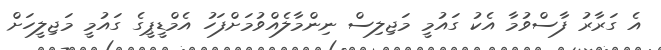
އެ ގަރާރު ފާސްވުމާ އެކު ގައުމީ މަޖިލިސް ނިންމާލެއްވުމަށްފަހު އެމްޑީޕީގެ ގައުމީ މަޖިލީހަށް